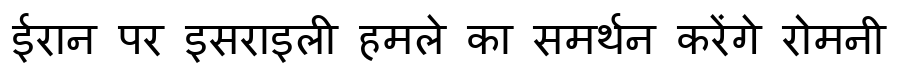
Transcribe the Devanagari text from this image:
ईरान पर इसराइली हमले का समर्थन करेंगे रोमनी